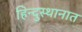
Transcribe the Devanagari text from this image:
हिन्दुस्थानात